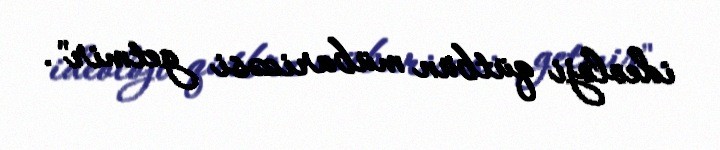
ideoloji qütbün mübarizəsi getmir".